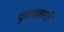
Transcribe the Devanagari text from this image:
दुभाववाथी